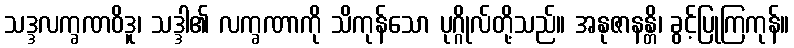
သဒ္ဒလက္ခဏဝိဒူ၊ သဒ္ဒါ၏ လက္ခဏာကို သိကုန်သော ပုဂ္ဂိုလ်တို့သည်။ အနုဇာနန္တိ၊ ခွင့်ပြုကြကုန်။